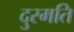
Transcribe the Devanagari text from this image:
दुरमति